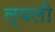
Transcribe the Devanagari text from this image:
ल्वली